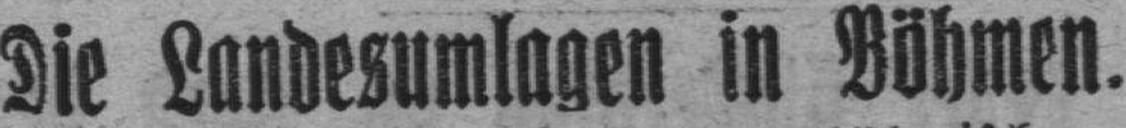
Die Landesumlagen in Böhmen.